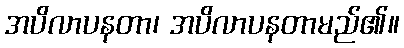
အပိလာပနတာ၊ အပိလာပနတာမည်၏။